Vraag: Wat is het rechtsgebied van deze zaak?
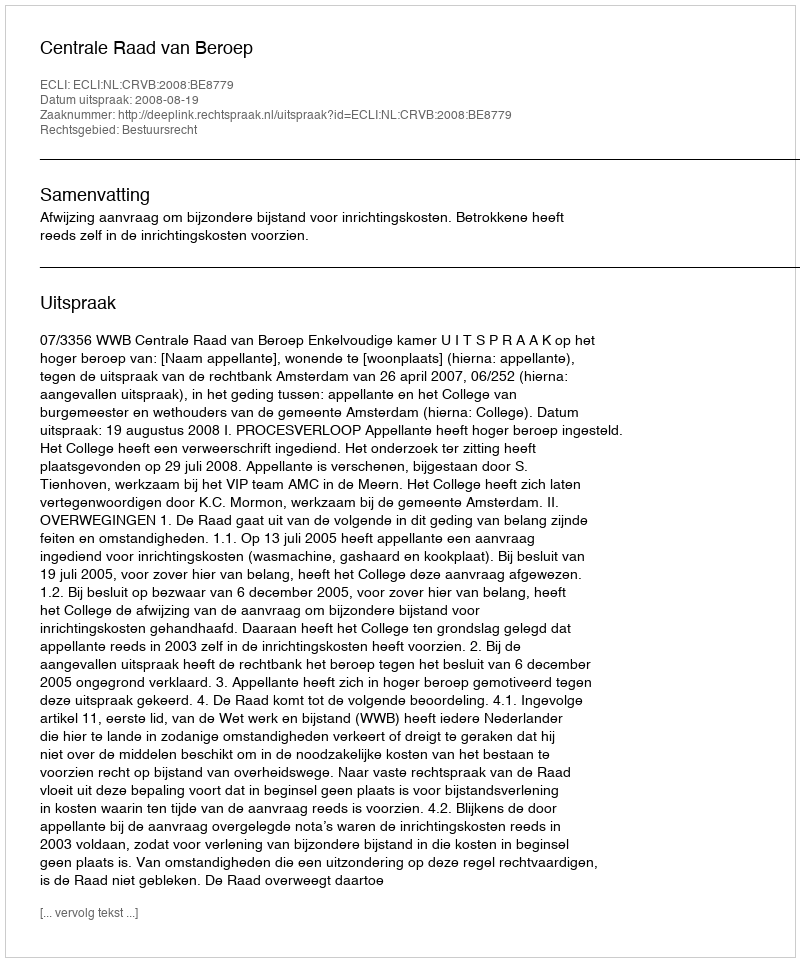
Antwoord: Bestuursrecht